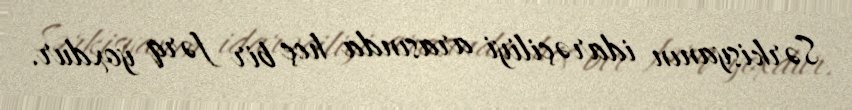
Sərkisyanın idarəçiliyi arasında heç bir fərq yoxdur.